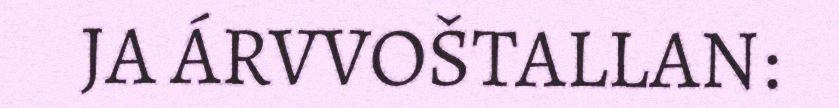
JA ÁRVVOŠTALLAN: